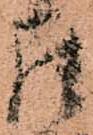
罷